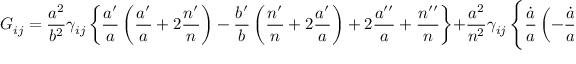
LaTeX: G _ { i j } = \frac { a ^ { 2 } } { b ^ { 2 } } \gamma _ { i j } \left\{ \frac { a ^ { \prime } } { a } \left( \frac { a ^ { \prime } } { a } + 2 \frac { n ^ { \prime } } { n } \right) - \frac { b ^ { \prime } } { b } \left( \frac { n ^ { \prime } } { n } + 2 \frac { a ^ { \prime } } { a } \right) + 2 \frac { a ^ { \prime \prime } } { a } + \frac { n ^ { \prime \prime } } { n } \right\} + \frac { a ^ { 2 } } { n ^ { 2 } } \gamma _ { i j } \left\{ \frac { \dot { a } } { a } \left( - \frac { \dot { a } } { a } + 2 \frac { \dot { n } } { n } \right) - 2 \frac { \ddot { a } } { a } + \frac { \dot { b } } { b } \left( - 2 \frac { \dot { a } } { a } + \frac { \dot { n } } { n } \right) - \frac { \ddot { b } } { b } \right\} - k \gamma _ { i j }